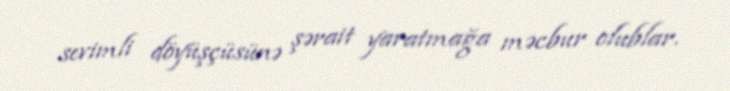
sevimli döyüşçüsünə şərait yaratmağa məcbur olublar.